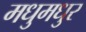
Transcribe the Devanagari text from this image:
मधुमधुर